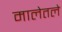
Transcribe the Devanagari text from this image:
मालेतले